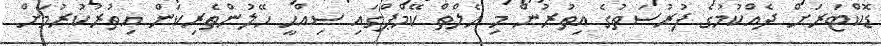
ޑޮކްޓަރަށް ދެއްކުމުގެ ފުރުސަތުގެ އިތުރުން މި ހެލްތް ކޭމްޕްގައި ސިއްޙީ ހޭލުންތެރިކަން އިތުރުކުރުމަށް